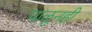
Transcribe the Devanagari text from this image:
पाळूनही